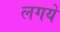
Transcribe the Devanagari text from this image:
लगये